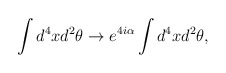
\begin{align*}\int d^4x d^2\theta \to e^{4i\alpha}\int d^4x d^2\theta,\end{align*}